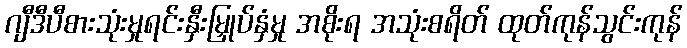
ဂျီဒီပီစားသုံးမှုရင်းနှီးမြှုပ်နှံမှု အစိုးရ အသုံးစရိတ် ထုတ်ကုန်သွင်းကုန်